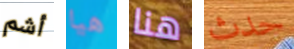
أشم هيا هنا حدث